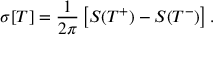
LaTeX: \sigma [ T ] = { \frac { 1 } { 2 \pi } } \left[ S ( T ^ { + } ) - S ( T ^ { - } ) \right] .